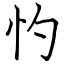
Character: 㣿